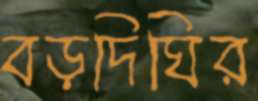
বড়দিঘির